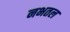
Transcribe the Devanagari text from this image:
नभतल